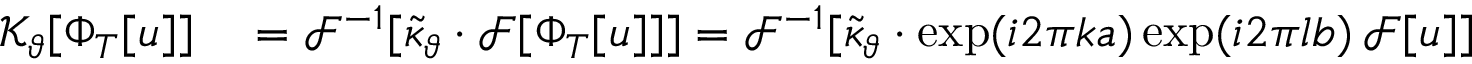
\begin{array} { r l } { \mathcal { K } _ { \vartheta } [ \Phi _ { T } [ u ] ] } & { { } = \mathcal { F } ^ { - 1 } [ \tilde { \kappa } _ { \vartheta } \cdot \mathcal { F } [ \Phi _ { T } [ u ] ] ] = \mathcal { F } ^ { - 1 } [ \tilde { \kappa } _ { \vartheta } \cdot \exp ( i 2 \pi k a ) \exp ( i 2 \pi l b ) \, \mathcal { F } [ u ] ] } \end{array}